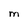
Character: M